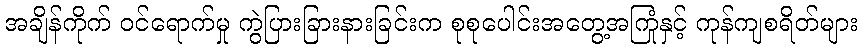
အချိန်ကိုက် ဝင်ရောက်မှု ကွဲပြားခြားနားခြင်းက စုစုပေါင်းအတွေ့အကြုံနှင့် ကုန်ကျစရိတ်များ